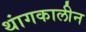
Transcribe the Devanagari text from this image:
थांगकालीन